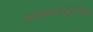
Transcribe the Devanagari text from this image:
स्वयंपाकगृहातील